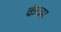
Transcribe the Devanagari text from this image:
कंचम